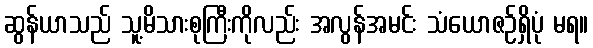
ဆွန်ယာသည် သူ့မိသားစုကြီးကိုလည်း အလွန်အမင်း သံယောဇဉ်ရှိပုံ မရ။